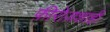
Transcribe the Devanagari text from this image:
फ़ीरोज़शाही